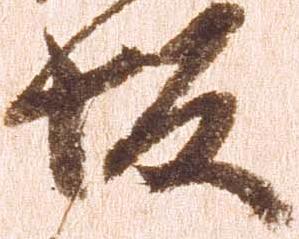
坂